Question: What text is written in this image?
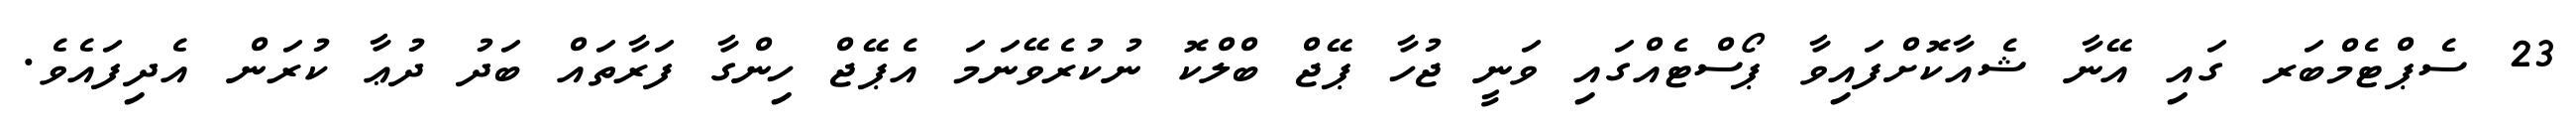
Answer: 23 ސެޕްޓެމްބަރ ގައި އޭނާ ޝެއާކޮށްފައިވާ ޕޯސްޓެއްގައި ވަނީ ޖުހާ ޕޭޖް ބްލްކޮ ނުކުރެވޭނަމަ އެޕޭޖް ހިންގާ ފަރާތައް ބަދު ދުޢާ ކުރަން އެދިފައެވެ.